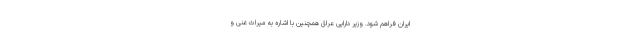
ایران فراهم شود. وزیر دارایی عراق همچنین با اشاره به میراث غنی و